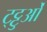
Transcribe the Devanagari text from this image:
ट्ट्टुओं